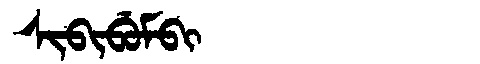
Manchu: ᠰᡳᠪᡳᠪᡠᠮᠪᡳ
Romanization: SIBIBUMBI